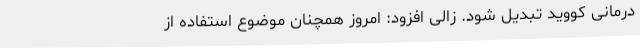
درمانی کووید تبدیل شود. زالی افزود: امروز همچنان موضوع استفاده از